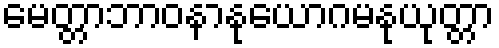
မေတ္တာဘာဝနာနုယောဂမနုယုတ္တာ